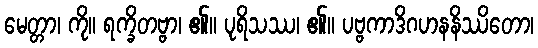
မေတ္တာ၊ ကို။ ရက္ခိတဗ္ဗာ၊ ၏။ ပုရိသဿ၊ ၏။ ပဗ္ဗကာဒိဂဟနနိဿိတော၊